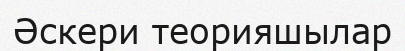
Әскери теорияшылар